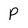
Character: P